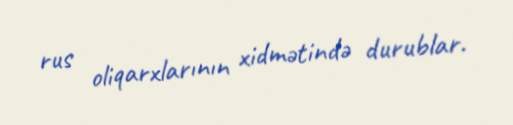
rus oliqarxlarının xidmətində durublar.